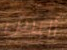
أليس